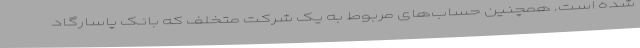
شده ‌است. همچنین حساب‌های مربوط به یک شرکت متخلف که بانک پاسارگاد